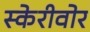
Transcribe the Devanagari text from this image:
स्केरीवोर